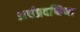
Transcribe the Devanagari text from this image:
अर्धप्रदक्षिणा